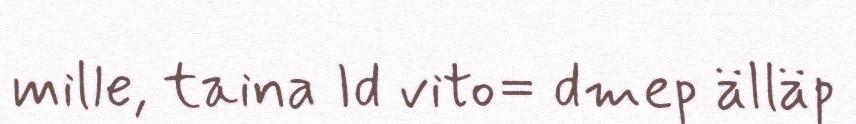
mille, taina Id vito= dmep älläp